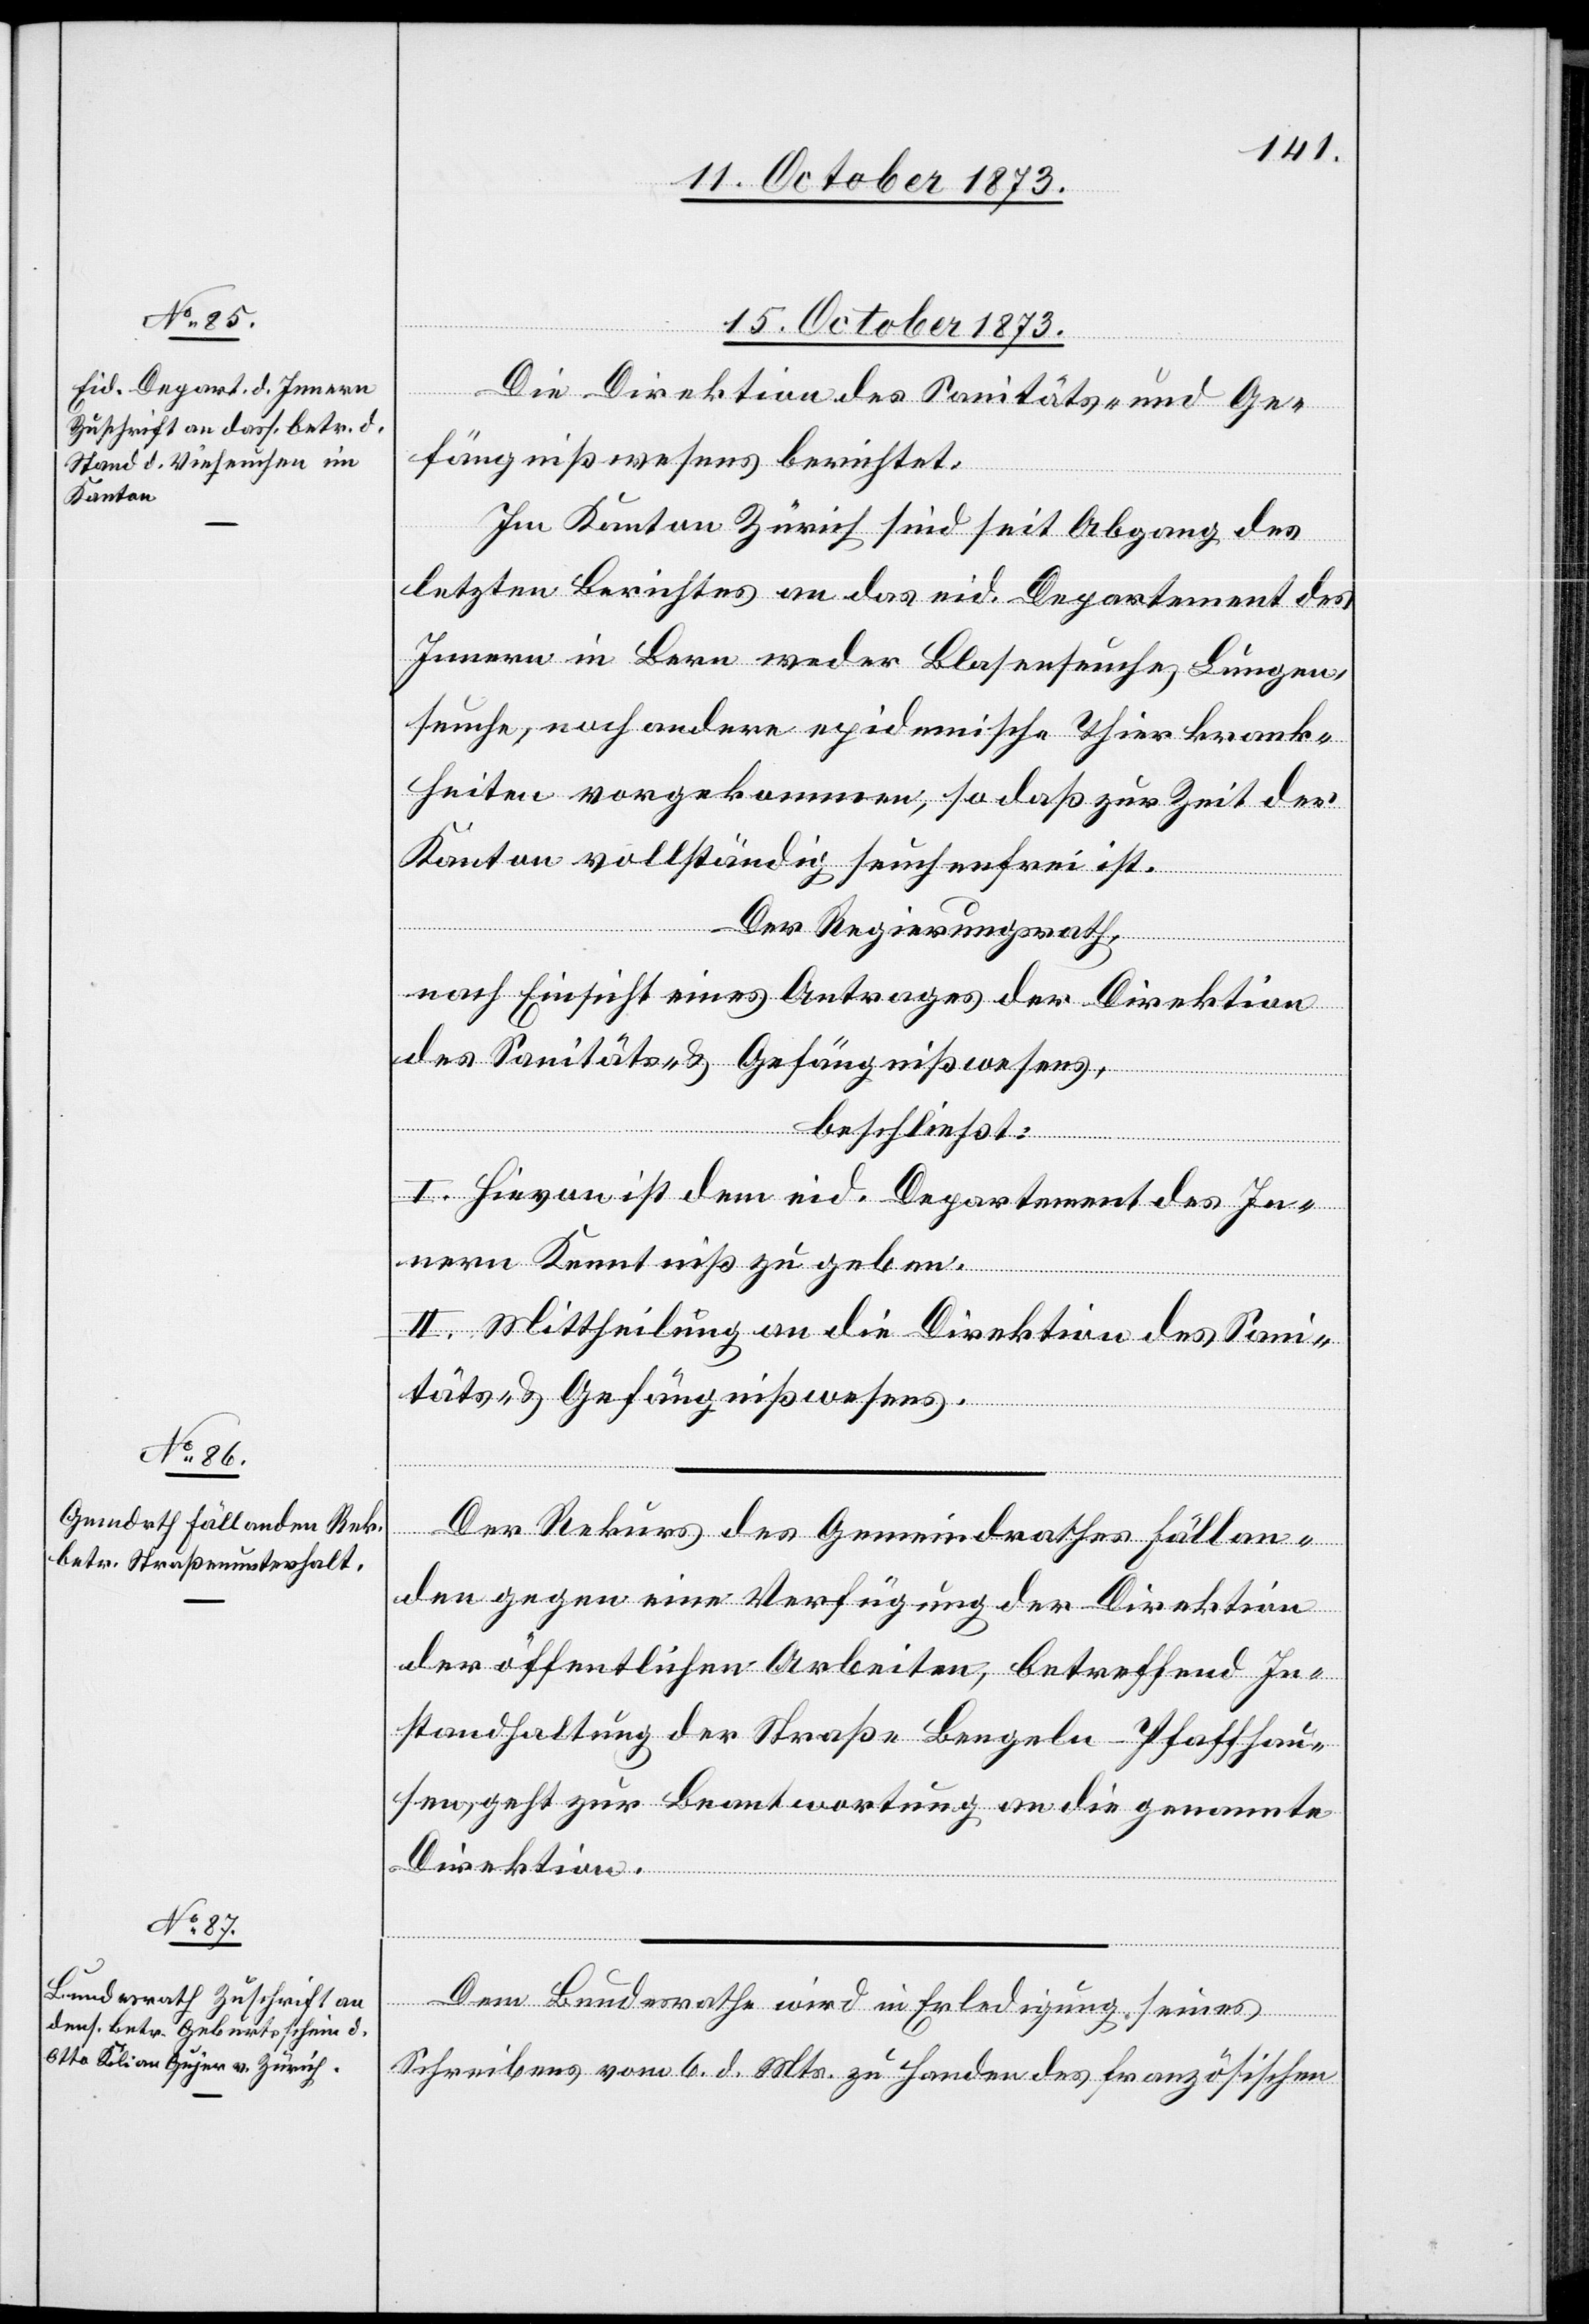
15. October 1873.]
Die Direktion des Sanitäts- und Ge¬
fängnißwesens berichtet:
Im Kanton Zürich sind seit Abgang des
letzten Berichtes an das eid. Departement des
Innern in Bern weder Blasenseuche, Lungen¬
seuche, noch andere epidemische Thierkrank¬
heiten vorgekommen, so daß zur Zeit der
Kanton vollständig seuchenfrei ist.
Der Regierungsrath,
nach Einsicht eines Antrages der Direktion
des Sanitäts- & Gefängnißwesens,
beschließt:
I. Hievon ist dem eid. Departement des In¬
nern Kenntniß zu geben.
II. Mittheilung an die Direktion des Sani¬
täts- & Gefängnißwesens.
Der Rekurs des Gemeindrathes Fällan¬
den gegen eine Verfügung der Direktion
der öffentlichen Arbeiten, betreffend In¬
standhaltung der Straße Bengeln–Pfaffhau¬
sen, geht zur Beantwortung an die genannte
Direktion.
Dem Bundesrathe wird in Erledigung seines
Schreibens vom 6. d. Mts. zu Handen des französischen